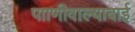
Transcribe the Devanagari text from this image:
पााणीवाल्याबाई